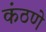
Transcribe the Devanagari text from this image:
कंठणे